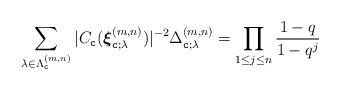
LaTeX: \begin{align*}\sum_{\lambda\in\Lambda^{(m,n)}_{\texttt{c}}} | C_{\texttt{c}}(\boldsymbol{\xi}^{(m,n)}_{\texttt{c};\lambda}) |^{-2} \Delta^{(m,n)}_{\texttt{c};\lambda }= \prod_{1\leq j\leq n} \frac{1-q}{1-q^j} \end{align*}